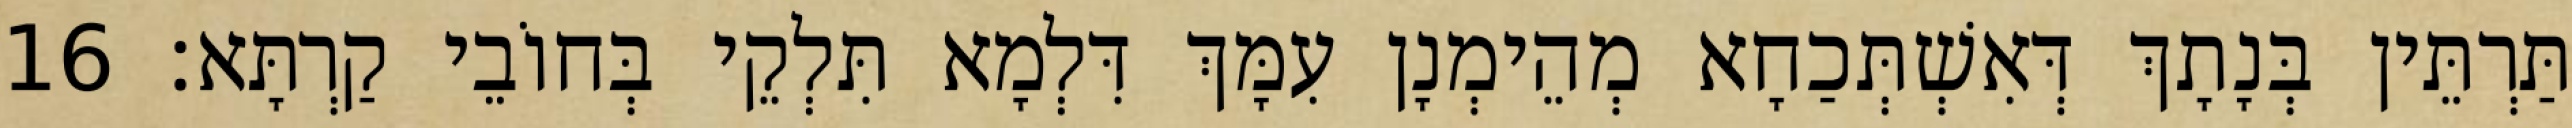
תַּרְתֵּין בְּנָתָךְ דְּאִשְׁתְּכַחָא מְהֵימְנָן עִמָּךְ דִּלְמָא תִּלְקֵי בְּחוֹבֵי קַרְתָּא׃ 16